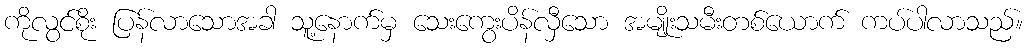
ကိုလွင်စိုး ပြန်လာသောအခါ သူ့နောက်မှ သေးကွေးပိန်လှီသော အမျိုးသမီးတစ်ယောက် ကပ်ပါလာသည်။